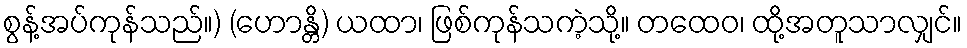
စွန့်အပ်ကုန်သည်။) (ဟောန္တိ) ယထာ၊ ဖြစ်ကုန်သကဲ့သို့။ တထေဝ၊ ထို့အတူသာလျှင်။